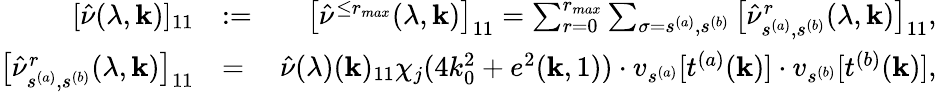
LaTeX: \begin{array}{rlr}{[\hat{\nu}(\lambda,{\mathbf k})]_{11}}&{:=}&{\big[\hat{\nu}^{\le r_{max}}(\lambda,{\mathbf k})\big]_{11}=\sum_{r=0}^{r_{max}}\sum_{\sigma=s^{(a)},s^{(b)}}\big[\hat{\nu}_{s^{(a)},s^{(b)}}^{r}(\lambda,{\mathbf k})\big]_{11},}\\ {\big[\hat{\nu}_{s^{(a)},s^{(b)}}^{r}(\lambda,{\mathbf k})\big]_{11}}&{=}&{\hat{\nu}(\lambda)({\mathbf k})_{11}\chi_{j}(4k_{0}^{2}+e^{2}({\mathbf k},1))\cdot v_{s^{(a)}}[t^{(a)}({\mathbf k})]\cdot v_{s^{(b)}}[t^{(b)}({\mathbf k})],}\end{array}